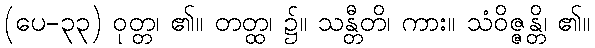
(ပေ-၃၃) ဝုတ္တ၊ ၏။ တတ္ထ၊ ၌။ သန္တီတိ၊ ကား။ သံဝိဇ္ဇန္တိ၊ ၏။